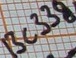
Text: BC338